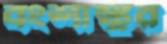
বংশাঙ্কুর